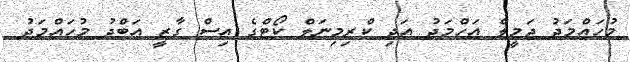
މުހައްމަދު ޖަމީލް އަހްމަދު އަދި ކްރިމިނަލް ކޯޓްގެ އިސް ގާޒީ އަބްދު މުހައްމަދު